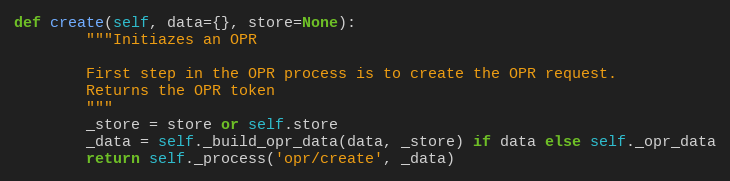
Language: Python
def create(self, data={}, store=None):
        """Initiazes an OPR

        First step in the OPR process is to create the OPR request.
        Returns the OPR token
        """
        _store = store or self.store
        _data = self._build_opr_data(data, _store) if data else self._opr_data
        return self._process('opr/create', _data)